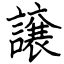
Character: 譲